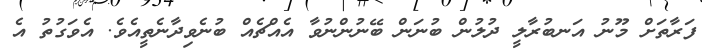
ފަރާތަށް މޫނު އަނބުރާލީ ދުލުން ބުނަން ބޭނުންނުވާ އެއްޗެއް ބުނެވިދާނެތީއެވެ. އެވަގުތު އެ